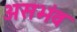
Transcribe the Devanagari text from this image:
असभंव